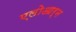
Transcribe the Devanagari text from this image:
एलोआर्न